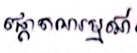
ផ្តោតអារម្មណ៍